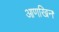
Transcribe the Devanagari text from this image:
आणखिन